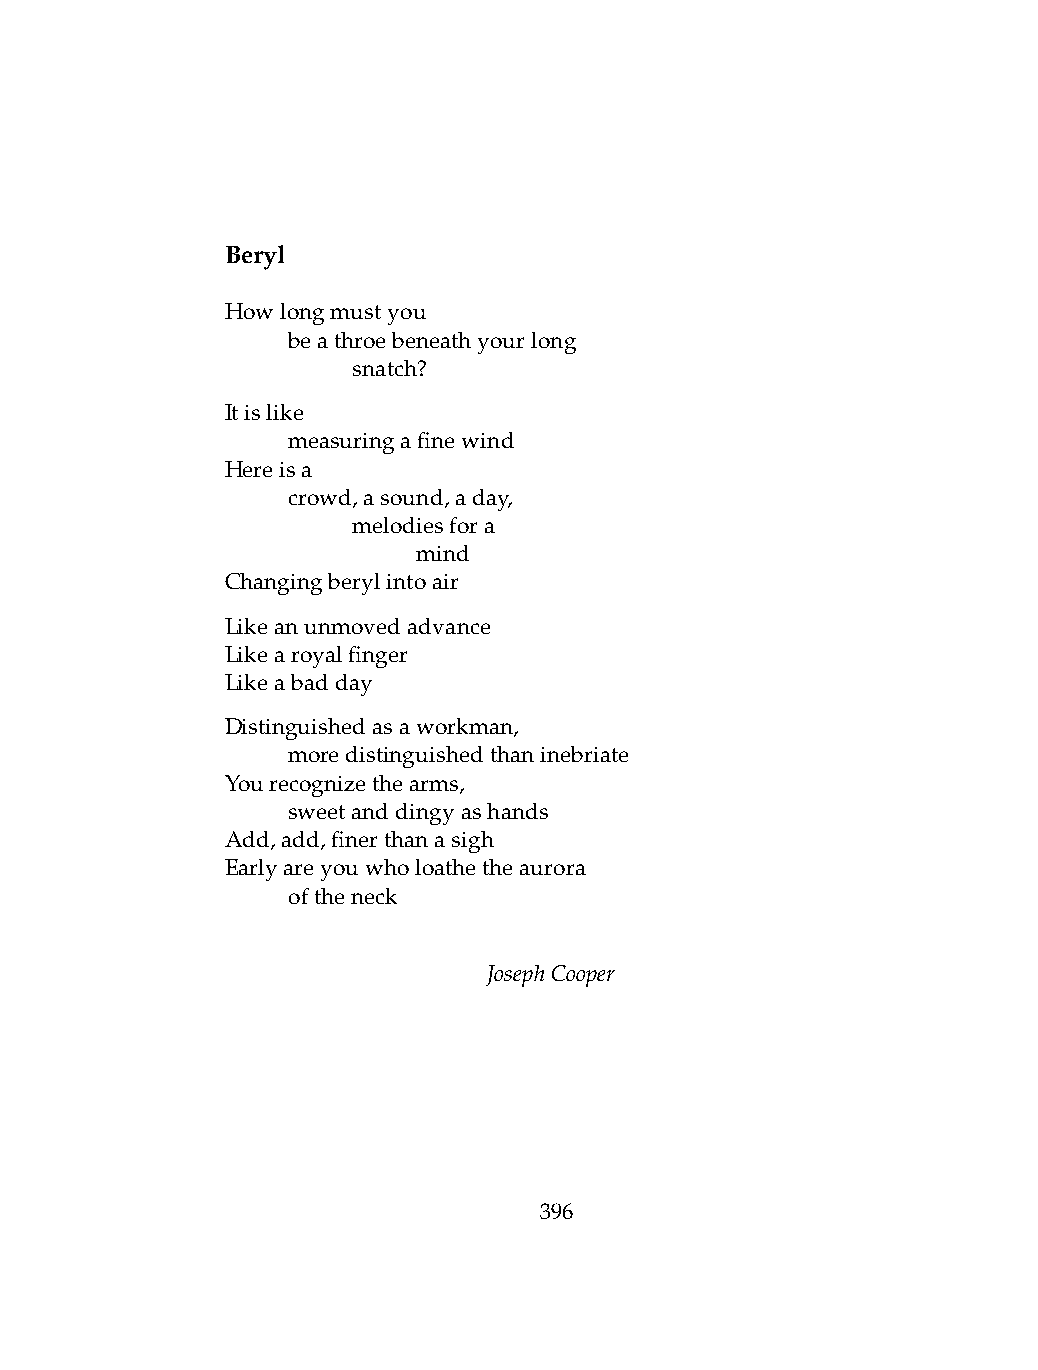
Beryl
 Howlongmustyou
 .   beathroebeneathyourlong
 .   .   snatch?
 Itislike
 .   measuringafinewind
 Hereisa
 .   crowd,asound,aday,
 .   .   melodiesfora
 .   .   .    mind
 Changingberylintoair
 Likeanunmovedadvance
 Likearoyalfinger
 Likeabadday
 Distinguishedasaworkman,
 .   moredistinguishedthaninebriate
 Yourecognizethearms,
 .   sweetanddingyashands
 Add,add,finerthanasigh
 Earlyareyouwholoathetheaurora
 .   oftheneck
 JosephCooper
 396